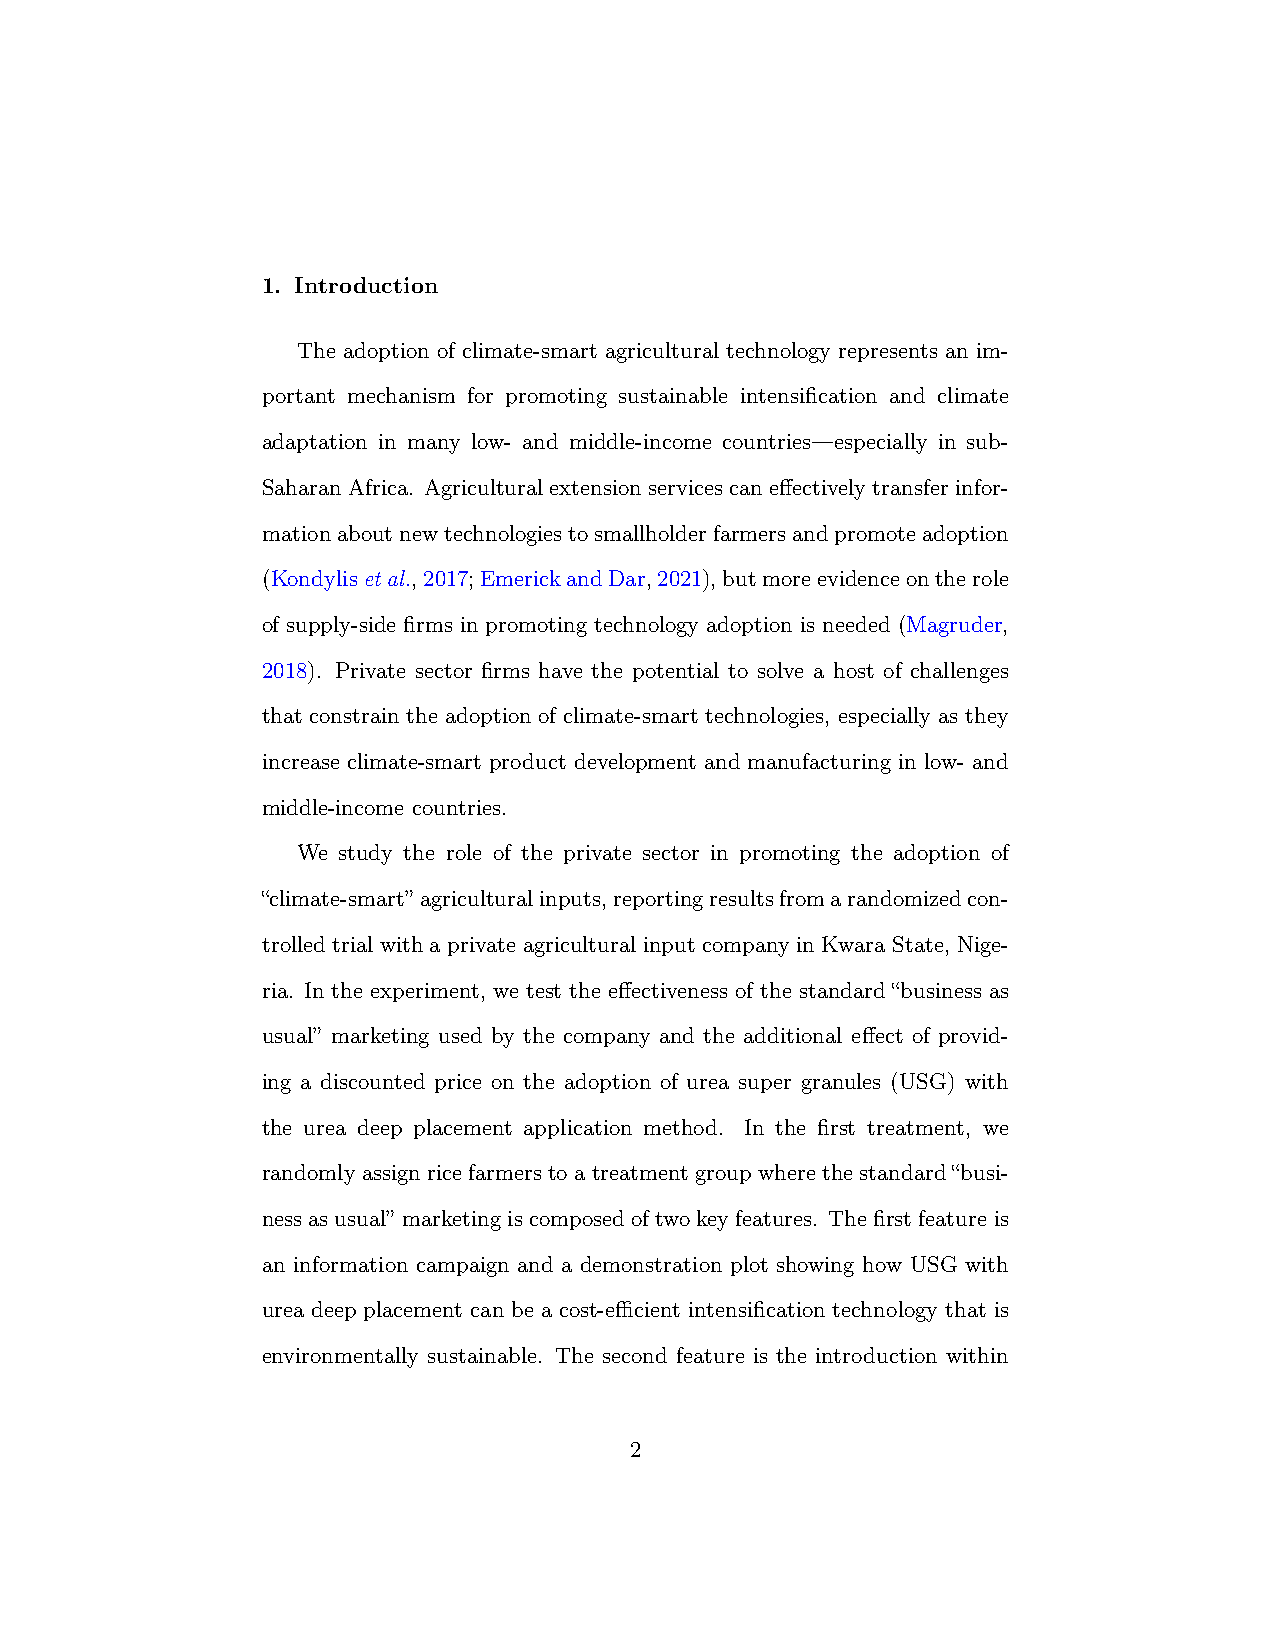
1. Introduction
 The adoption of climate-smart agricultural technology represents an im-
 portant mechanism for promoting sustainable intensification and climate
 adaptation in many low- and middle-income countries—especially in sub-
 SaharanAfrica. Agriculturalextensionservicescaneffectivelytransferinfor-
 mationaboutnewtechnologiestosmallholderfarmersandpromoteadoption
 (Kondylisetal.,2017;EmerickandDar,2021),butmoreevidenceontherole
 of supply-side firms in promoting technology adoption is needed (Magruder,
 2018). Private sector firms have the potential to solve a host of challenges
 that constrain the adoption of climate-smart technologies, especially as they
 increase climate-smart product development and manufacturing in low- and
 middle-income countries.
 We study the role of the private sector in promoting the adoption of
 “climate-smart” agriculturalinputs,reportingresultsfromarandomizedcon-
 trolled trial with a private agricultural input company in Kwara State, Nige-
 ria. In the experiment, we test the effectiveness of the standard “business as
 usual” marketing used by the company and the additional effect of provid-
 ing a discounted price on the adoption of urea super granules (USG) with
 the urea deep placement application method. In the first treatment, we
 randomly assign rice farmers to a treatment group where the standard “busi-
 nessasusual” marketingiscomposedoftwokeyfeatures. Thefirstfeatureis
 an information campaign and a demonstration plot showing how USG with
 urea deep placement can be a cost-efficient intensification technology that is
 environmentally sustainable. The second feature is the introduction within
 2